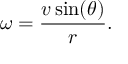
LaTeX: \omega = { \frac { v \sin ( \theta ) } { r } } .